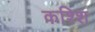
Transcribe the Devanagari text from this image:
कश्शि